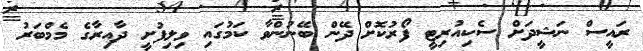
ރައީސް ނަޝީދަށް ސެކިއުރިޓީ ފޯރުކޮށް ދޭން ބޭނުންވާ ކަމުގައި ވިލިފުށީ ދާއިރާގެ މެމްބަރު